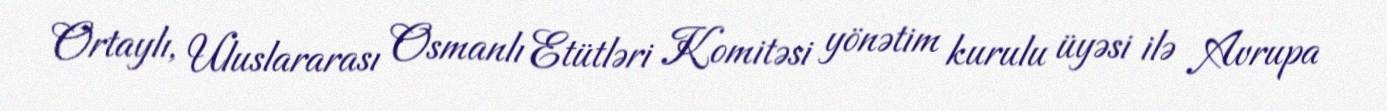
Ortaylı, Uluslararası Osmanlı Etütləri Komitəsi yönətim kurulu üyəsi ilə Avrupa